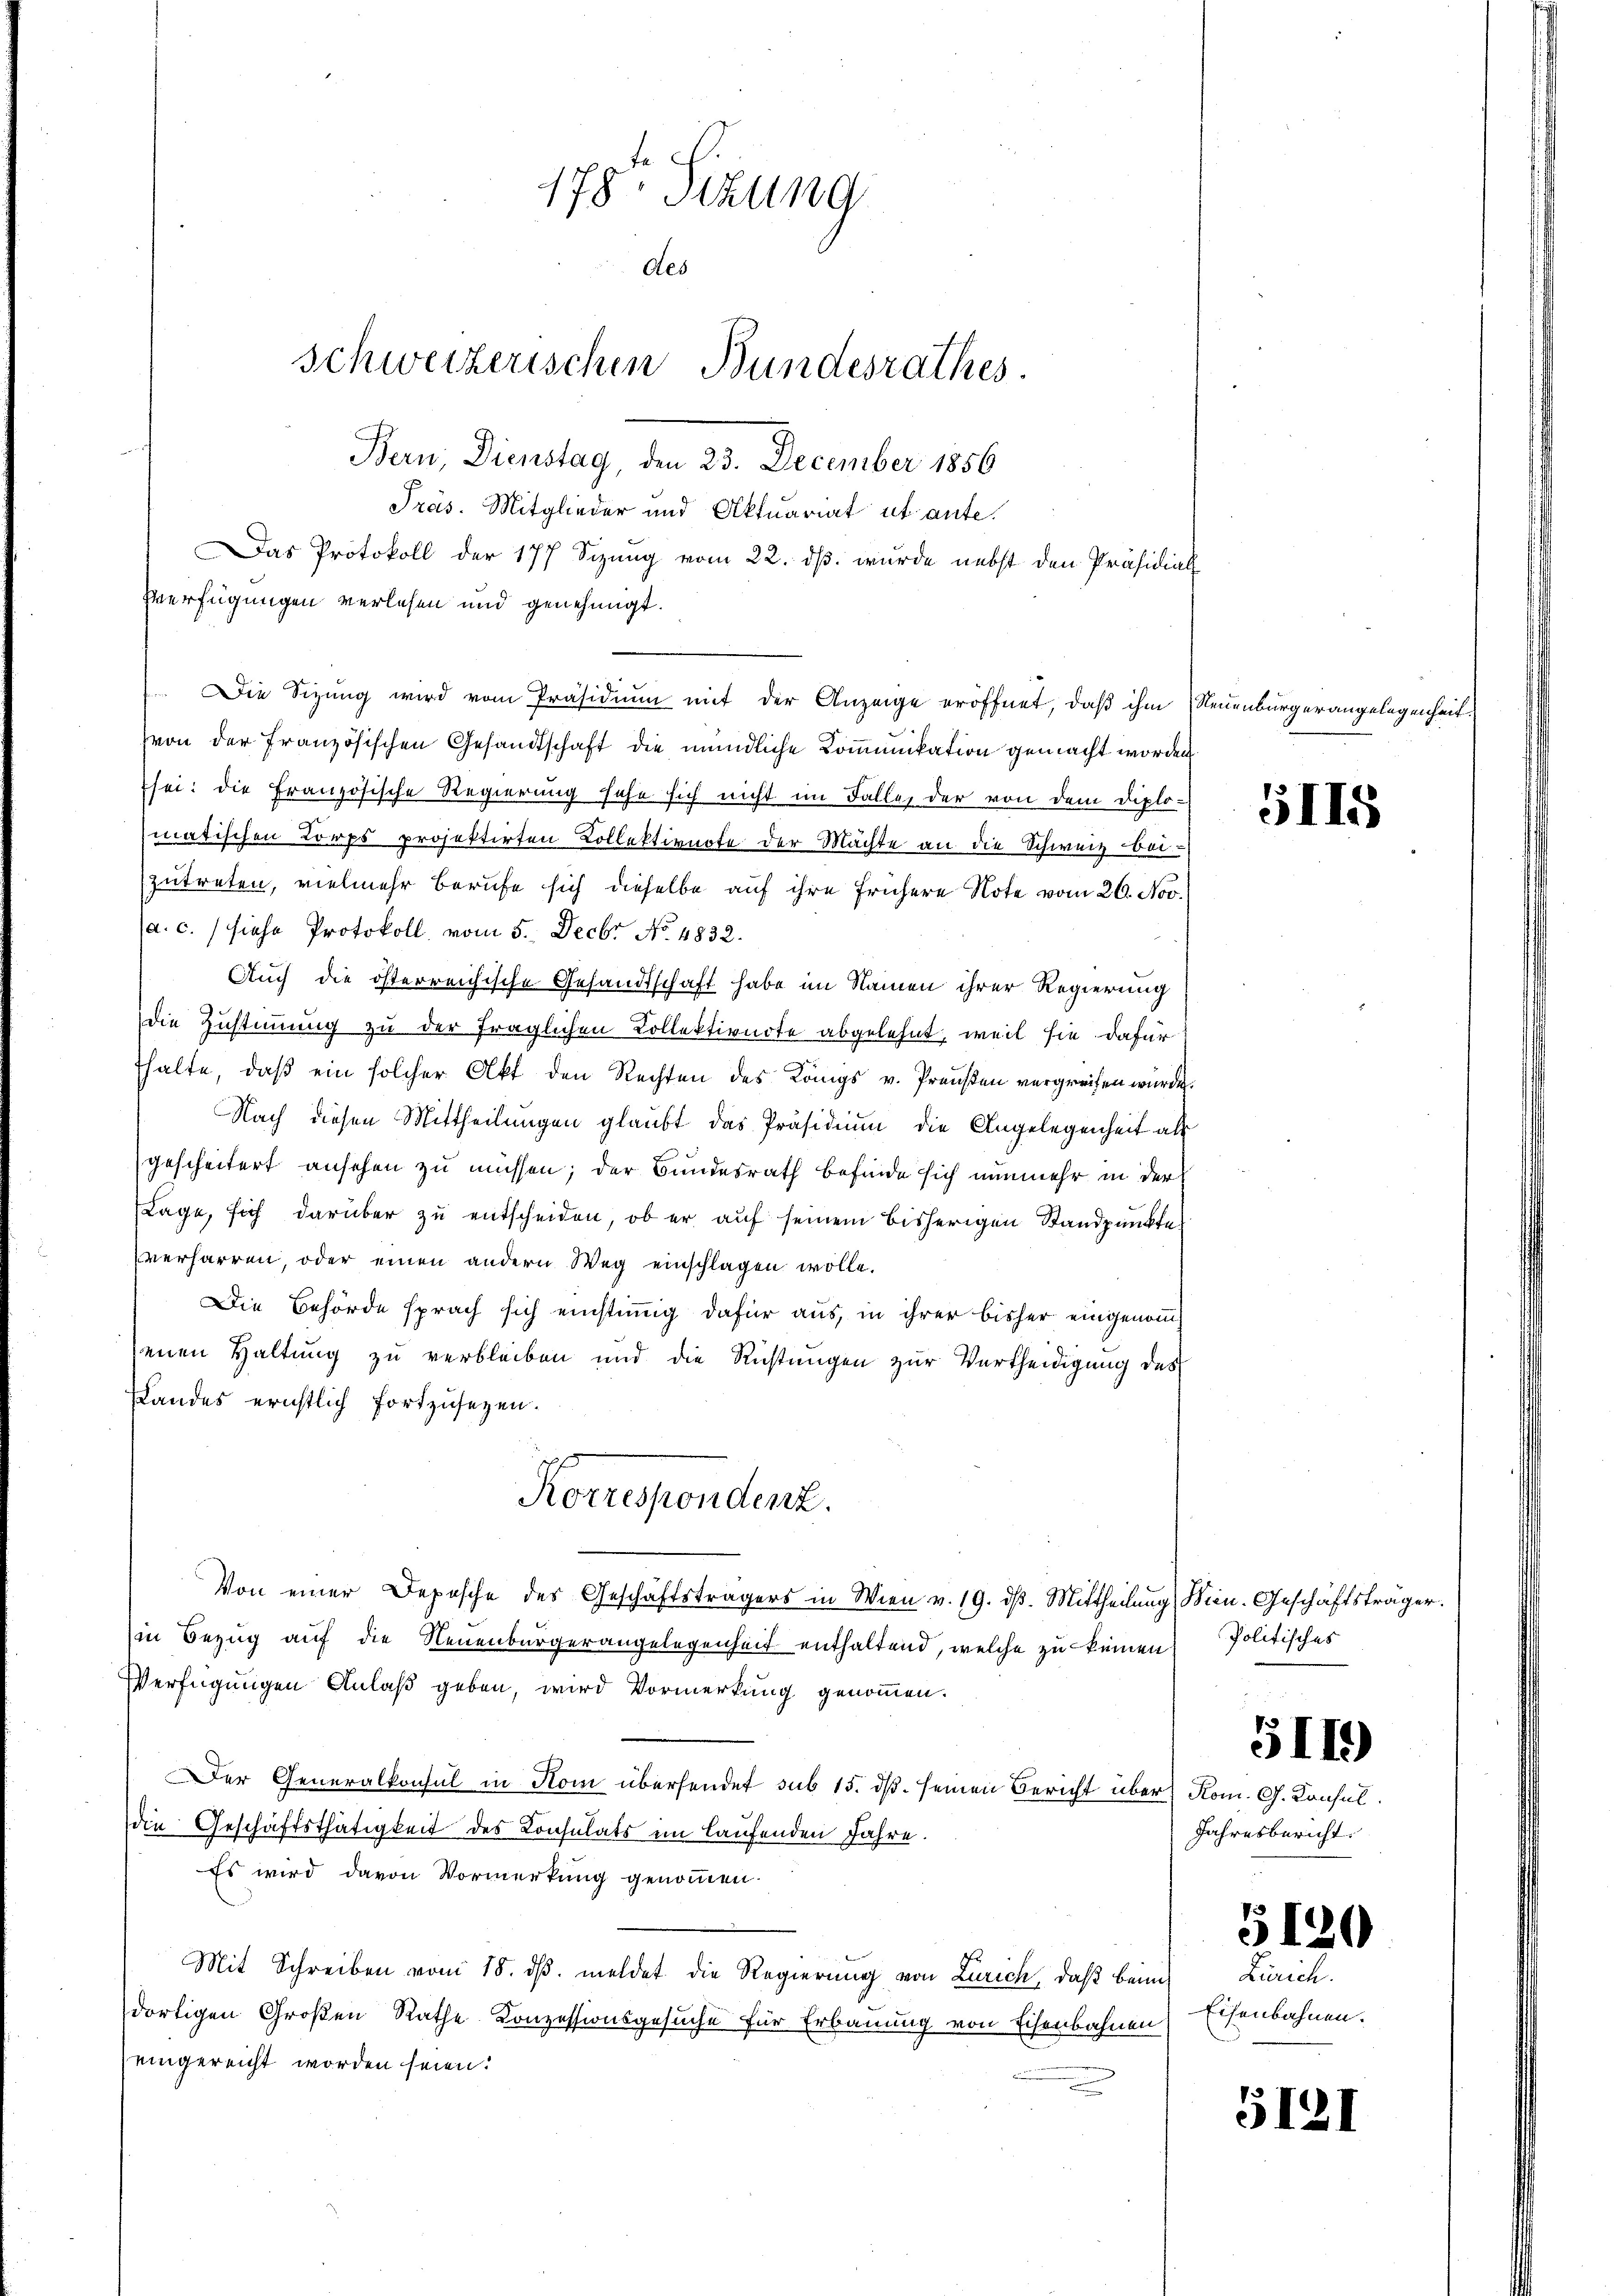
178. Sizung
Des
schweizerischen Bundesrathes.
Bern, Dienstag, den 23. December 1856

Präs. Mitglieder und Aktuariat ut ante.
Das Protokoll der 177 Sizung vom 22. ds. wurde nebst den Präsidial
Verfügungen verlesen und genehmigt.
Die Sizung wird vom Präsidium mit der Anzeige eröffnet, daß ihm Neuenburgerangelegenheit.

von der französischen Gesandtschaft die mündliche Communikation gemacht worden
sei: die Französische Regierung sehe sich nicht im Faller der von dem diplomatischen Korps projektirten Kollektionote der Machte an die Schweiz beizutreten, vielmehr berufe sich dieselbe auf ihre frühere Note vom 20. Nov.
(a. c. siehe Protokoll vom 5. Decbr No. 4832.
Auch die österreichische Gesandtschaft habe im Namen ihrer Regierung
die Zustimmung zu der fraglichen Kollektivnote abgelehnt, weil sie dafür
thalte, daß ein solcher Akt den Rechten des Königs v. Preußen vergreifen würde.
Nach diesen Mittheilungen glaubt das Präsidium die Angelegenheit als
gescheitert ansehen zu müssen; der Bundesrath befinde sich nunmehr in der
Lage, sich darüber zu entscheiden, ob er auf seinem bisherigen Standpunkte
verharren, oder einen andern Weg einschlagen wolle.
Die Behörde sprach sich einstimmig dafür aus, in ihrer bisher eingenomm
ennen Haltung zu verbleiben und die Richtungen zur Vertheidigung des
Landes erichtlich fortzusetzen.
Korrespondenz.
Von einer Deposche des Geschäftsträgers in Wien v. 19. dβ. Mittheilung, Bien-Geschäftsträger.
in Bezug auf die Neuenburgerangelegenheit enthaltend, welche zu keinen
Verfügungen Anlaß geben, wird Vormerkung genommen.
Der Generalkonsul in Hom übersendet sub 15. ds. seinen Bericht über Rom. G. Konsul
die Geschäftsthätigkeit des Consulats im laufenden Jahre.
Es wird davon Vormerkung genommen.
Mit Schreiben vom 15. dß. meldet die Regierung von Zürich, daß beim
dortigen Großen Rathe Konzessionsgesuche für Erbauung von Eisenbahnen
eingereicht worden seien.

5115

Politisches

511)

Jahresbericht.
5120
Zürich
Eisenbahnen.

5121